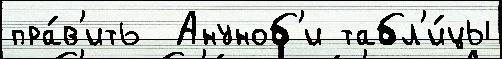
пра́в'ить  Ануноб'и табл'и́цы